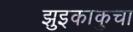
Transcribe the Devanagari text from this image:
झुइकाकुचा